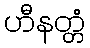
ဟီနတ္တံ